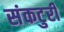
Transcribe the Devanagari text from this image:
संकटुरी